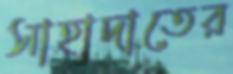
সাহাদাতের